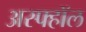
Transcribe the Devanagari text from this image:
अस्फ्हॉल